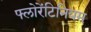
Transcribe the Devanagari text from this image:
फ्लोरेंटिनियम